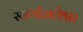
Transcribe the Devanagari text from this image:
स्वर्णाजलेश्वर